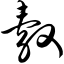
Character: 觳